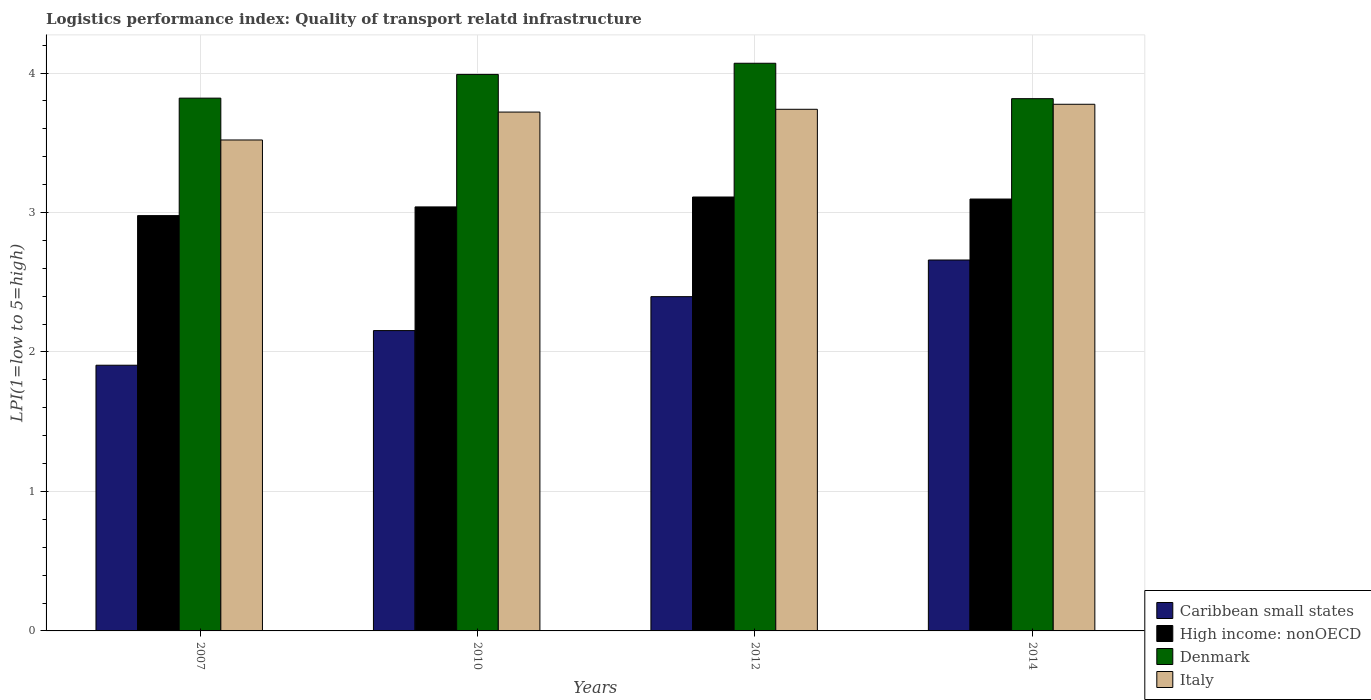
| Years | Caribbean small states | High income: nonOECD | Denmark | Italy |
 | --- | --- | --- | --- | --- |
 | 2007 | 1.91 | 2.98 | 3.82 | 3.52 |
 | 2010 | 2.15 | 3.04 | 3.99 | 3.72 |
 | 2012 | 2.4 | 3.11 | 4.07 | 3.74 |
 | 2014 | 2.66 | 3.1 | 3.82 | 3.78 |